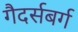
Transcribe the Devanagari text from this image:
गैदर्सबर्ग